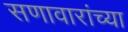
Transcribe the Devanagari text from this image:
सणावारांच्या